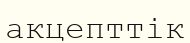
акцепттік